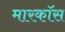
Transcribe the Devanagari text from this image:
मारकॉस